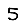
Digit: 5